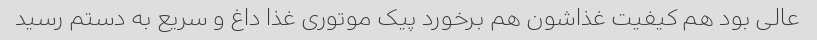
عالی بود هم کیفیت غذاشون هم برخورد پیک موتوری غذا داغ و سریع به دستم رسید